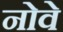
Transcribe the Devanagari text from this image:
नोवे